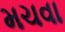
મચવા